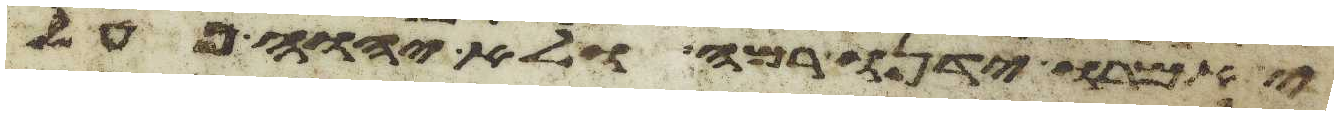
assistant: יאמרו ידינו רמה ולא יהוה פעל